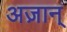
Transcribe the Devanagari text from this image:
अज़ान्